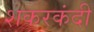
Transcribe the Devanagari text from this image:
शकरकंदी